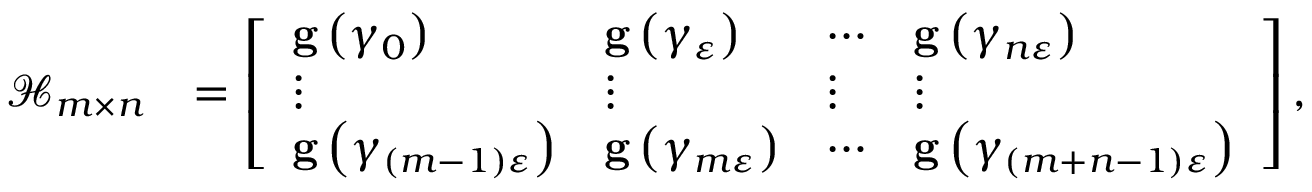
\begin{array} { r l } { \mathcal { H } _ { m \times n } } & { = \left[ \begin{array} { l l l l } { \mathbf { g } \left( \gamma _ { 0 } \right) } & { \mathbf { g } \left( \gamma _ { \varepsilon } \right) } & { \cdots } & { \mathbf { g } \left( \gamma _ { n \varepsilon } \right) } \\ { \vdots } & { \vdots } & { \vdots } & { \vdots } \\ { \mathbf { g } \left( \gamma _ { \left( m - 1 \right) \varepsilon } \right) } & { \mathbf { g } \left( \gamma _ { m \varepsilon } \right) } & { \cdots } & { \mathbf { g } \left( \gamma _ { \left( m + n - 1 \right) \varepsilon } \right) } \end{array} \right] , } \end{array}